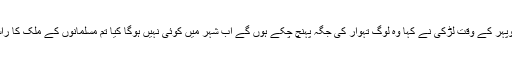
تہوار کے دن دوپہر کے وقت لڑکی نے کہا وہ لوگ تہوار کی جگہ پہنچ چکے ہوں گے اب شہر میں کوئی نہیں ہوگا کیا تم مسلمانوں کے ملک کا راستہ جانتے ہو ؟